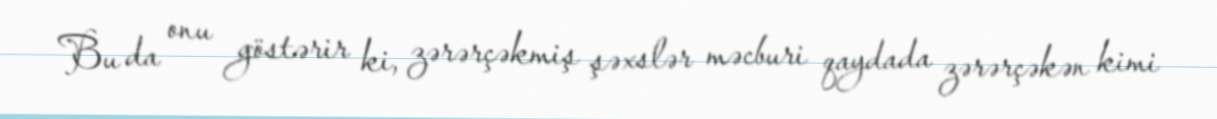
Bu da onu göstərir ki, zərərçəkmiş şəxslər məcburi qaydada zərərçəkən kimi